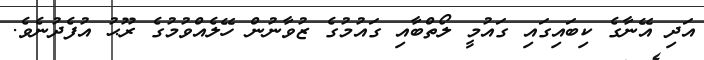
އަދި އޭނާގެ ކިބައިގައި ގައުމީ ލޯތްބާއި ގައުމުގެ ޒުވާނުން ހޭލެއްވުމުގެ ރޫޙު އުފެދުނެވެ.